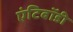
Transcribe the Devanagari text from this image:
एंटिबॉडी